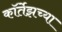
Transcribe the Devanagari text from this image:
कॉर्तेझच्या